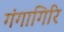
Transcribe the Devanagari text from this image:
गंगागिरि